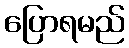
ပြောရမည်